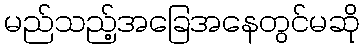
မည်သည့်အခြေအနေတွင်မဆို